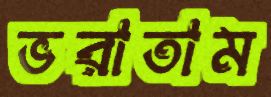
ভরাতাম